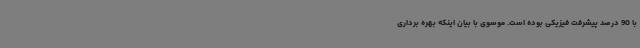
با 90 درصد پیشرفت فیزیکی بوده است. موسوی با بیان اینکه بهره برداری